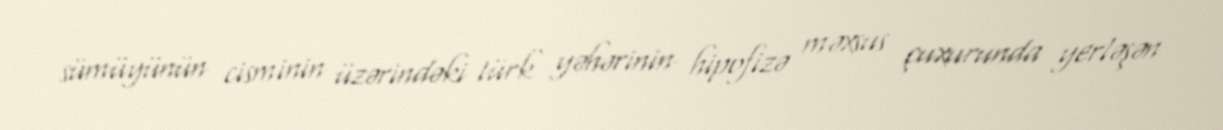
sümüyünün cisminin üzərindəki türk yəhərinin hipofizə məxsus çuxurunda yerləşən